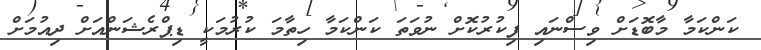
ކަންކަމާ މާބޮޑަށް ވިސްނައި ފިކުރުކޮށް ނުވަތަ ކަންކަމާ ހިތާމަ ކުރުމަކީ ޑިޕްރެޝަންއަށް ދިއުމަށް